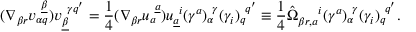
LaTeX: ( \nabla _ { \beta r } v _ { \alpha q } ^ { ~ \underline { { \beta } } } ) v _ { \underline { { \beta } } } ^ { ~ \gamma q ^ { \prime } } = { \frac { 1 } { 4 } } ( \nabla _ { \beta r } u _ { a } ^ { ~ \underline { { a } } } ) u _ { \underline { { a } } } ^ { ~ i } ( \gamma ^ { a } ) _ { \alpha } ^ { ~ \gamma } ( \gamma _ { i } ) _ { q } ^ { ~ q ^ { \prime } } \equiv { \frac { 1 } { 4 } } \hat { \Omega } _ { \beta r , a } ^ { ~ ~ ~ ~ i } ( \gamma ^ { a } ) _ { \alpha } ^ { ~ \gamma } ( \gamma _ { i } ) _ { q } ^ { ~ q ^ { \prime } } .